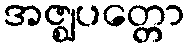
အဇ္ဈပတ္တော